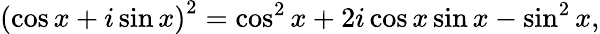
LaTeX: \left(\cos x+i\sin x\right)^{2}=\cos^{2}x+2i\cos x\sin x-\sin^{2}x,